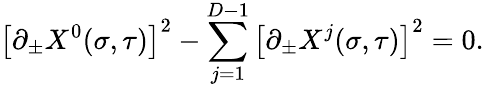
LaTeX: \left[\partial_{\pm}X^{0}(\sigma,\tau)\right]^{2}-\sum_{j=1}^{D-1}\left[\partial_{\pm}X^{j}(\sigma,\tau)\right]^{2}=0.